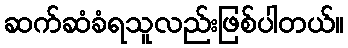
ဆက်ဆံခံရသူလည်းဖြစ်ပါတယ်။